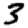
Digit: 3